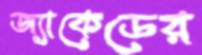
জ্যাকেডের